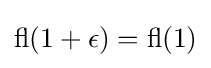
\operatorname {fl} (1+\epsilon )=\operatorname {fl} (1)